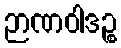
ဉာဏဝါဒဉ္စ